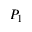
P _ { 1 }